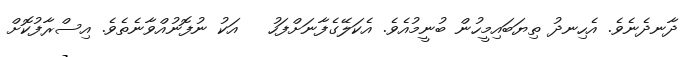
ދާނދެނެވެ. އެހިނދު ތިޔަބައިމީހުން ބުނީމުއެވެ. އެކަލޭގެފާނަށްފަހު   އަކު ނުފޮނުއްވާނެތެވެ. އިސްރާފުކޮށް